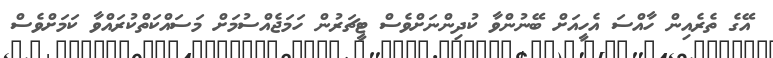
އޭގެ ތެރެއިން ހާއްސަ އެހީއަށް ބޭނުންވާ ކުދިންނަށްވެސް ޓީޗަރުން ހަމަޖެއްސުމަށް މަސައްކަތްކުރައްވާ ކަމަށްވެސް